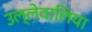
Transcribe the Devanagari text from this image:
उल्लेवालिया